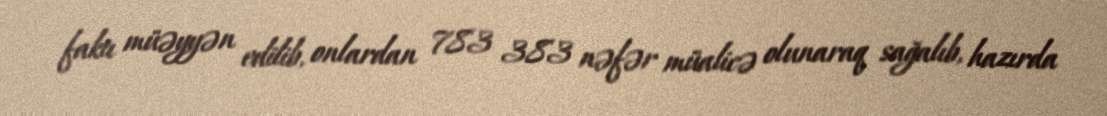
faktı müəyyən edilib, onlardan 783 383 nəfər müalicə olunaraq sağalıb, hazırda